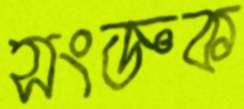
সংজ্ঞক